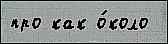
про как о́коло